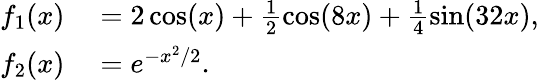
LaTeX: \begin{array}{rl}{f_{1}(x)}&{{}=2\cos(x)+\frac{1}{2}\cos(8x)+\frac{1}{4}\sin(32x),}\\ {f_{2}(x)}&{{}=e^{-x^{2}/2}.}\end{array}